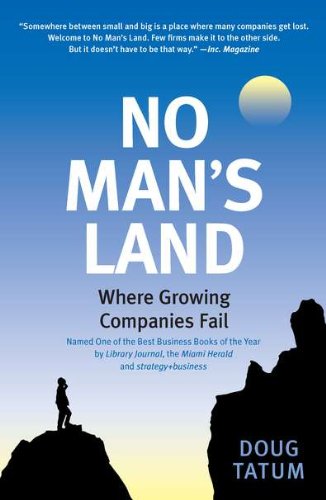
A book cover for No Man's Land: Where Growing Companies Fail; Doug Tatum; Business & Money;